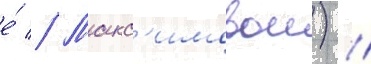
е́ // Макс'имовои) //